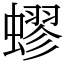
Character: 蟉